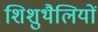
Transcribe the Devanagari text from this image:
शिशुथैलियों